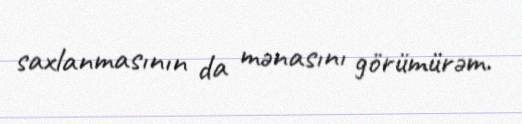
saxlanmasının da mənasını görümürəm.